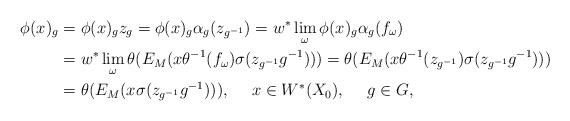
LaTeX: \begin{align*}\phi(x)_g&= \phi(x)_g z_g=\phi(x)_g\alpha_g(z_{g^{-1}})=w^*\lim_\omega \phi(x)_g\alpha_g(f_\omega)\\&= w^*\lim_\omega \theta(E_M(x\theta^{-1}(f_\omega)\sigma(z_{g^{-1}}g^{-1})))=\theta (E_M(x\theta^{-1}(z_{g^{-1}})\sigma(z_{g^{-1}}g^{-1})))\\&=\theta(E_M(x\sigma(z_{g^{-1}}g^{-1}))),\ \ \ \ x\in W^*(X_0),\ \ \ \ g\in G, \end{align*}